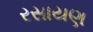
રસાયણ